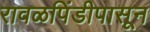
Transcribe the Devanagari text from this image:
रावळपिंडीपासून